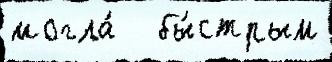
могла́   бы́стрым